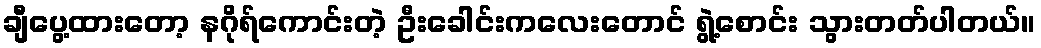
ချီပွေ့ထားတော့ နဂိုရ်ကောင်းတဲ့ ဦးခေါင်းကလေးတောင် ရွဲ့စောင်း သွားတတ်ပါတယ်။